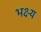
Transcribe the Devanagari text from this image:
भक्ष्‍य